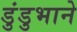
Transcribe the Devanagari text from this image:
डुंडुभाने